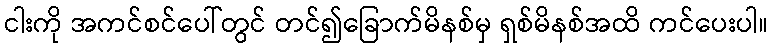
ငါးကို အကင်စင်ပေါ်တွင် တင်၍ခြောက်မိနစ်မှ ရှစ်မိနစ်အထိ ကင်ပေးပါ။